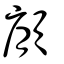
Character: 顅